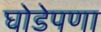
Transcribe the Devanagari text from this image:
घोडेपणा